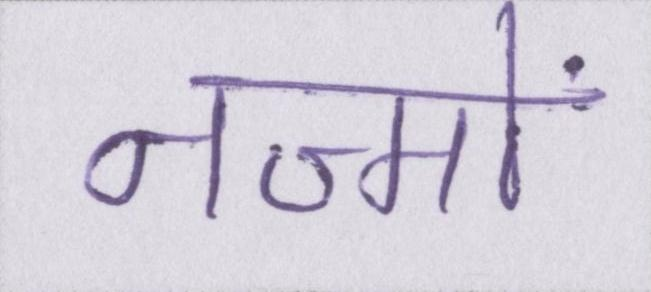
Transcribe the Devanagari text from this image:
नज्मों